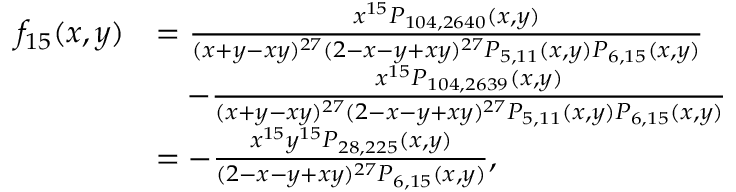
\begin{array} { r l } { f _ { 1 5 } ( x , y ) } & { = \frac { x ^ { 1 5 } P _ { 1 0 4 , 2 6 4 0 } ( x , y ) } { ( x + y - x y ) ^ { 2 7 } ( 2 - x - y + x y ) ^ { 2 7 } P _ { 5 , 1 1 } ( x , y ) P _ { 6 , 1 5 } ( x , y ) } } \\ & { \quad - \frac { x ^ { 1 5 } P _ { 1 0 4 , 2 6 3 9 } ( x , y ) } { ( x + y - x y ) ^ { 2 7 } ( 2 - x - y + x y ) ^ { 2 7 } P _ { 5 , 1 1 } ( x , y ) P _ { 6 , 1 5 } ( x , y ) } } \\ & { = - \frac { x ^ { 1 5 } y ^ { 1 5 } P _ { 2 8 , 2 2 5 } ( x , y ) } { ( 2 - x - y + x y ) ^ { 2 7 } P _ { 6 , 1 5 } ( x , y ) } , } \end{array}